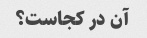
آن در کجاست؟